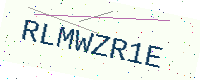
Text: RLMWZR1E